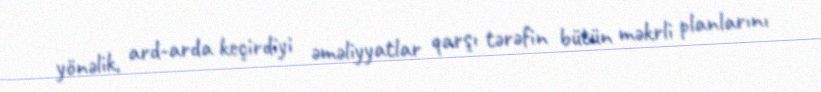
yönəlik, ard-arda keçirdiyi əməliyyatlar qarşı tərəfin bütün məkrli planlarını